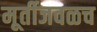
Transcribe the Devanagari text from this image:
मूर्तीजवळच